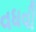
વધવી